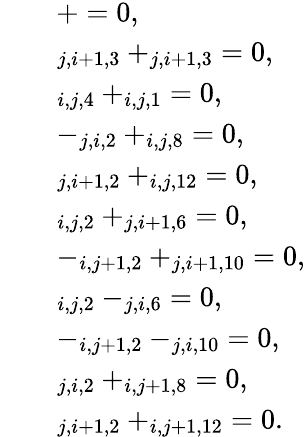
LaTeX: \begin{array}{rl}&{\quad+=0,}\\ &{\quad_{j,i+1,3}+_{j,i+1,3}=0,}\\ &{\quad_{i,j,4}+_{i,j,1}=0,}\\ &{\quad-_{j,i,2}+_{i,j,8}=0,}\\ &{\quad_{j,i+1,2}+_{i,j,12}=0,}\\ &{\quad_{i,j,2}+_{j,i+1,6}=0,}\\ &{\quad-_{i,j+1,2}+_{j,i+1,10}=0,}\\ &{\quad_{i,j,2}-_{j,i,6}=0,}\\ &{\quad-_{i,j+1,2}-_{j,i,10}=0,}\\ &{\quad_{j,i,2}+_{i,j+1,8}=0,}\\ &{\quad_{j,i+1,2}+_{i,j+1,12}=0.}\end{array}